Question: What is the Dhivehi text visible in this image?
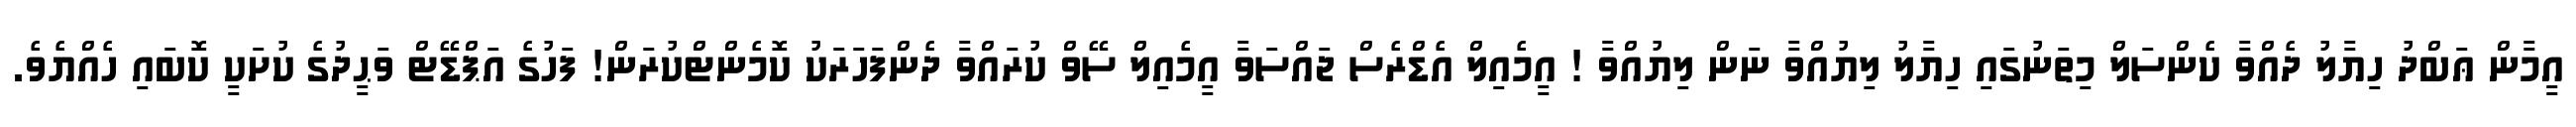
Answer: އީމާން ޢަބްދު ހިޔާލު ދެއްވާ ކެންސަލް މިތަނުގައި ހިޔާލު ލިޔުއްވާ ނަން ލިޔުއްވާ ! އީމެއިލް އެޑްރެސް ޖައްސަވާ އީމެއިލް ސޭވް ކުރައްވާ ދެންފަހަރަކު ކޮމެންޓްކުރަން! ފަހުގެ އަޕްޑޭޓް ވަޙީދުގެ ކުށަކީ ކޮބައި ހެއްޔެވެ.